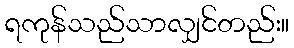
ရကုန်သည်သာလျှင်တည်း။